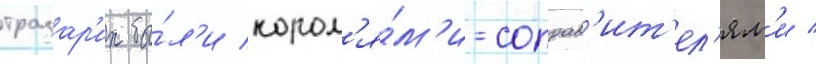
тразар'их бы́л'и корол'я́м'и-соправ'ит'ел'ям'и /